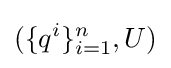
(\{q^{i}\}_{i=1}^{n},U)